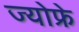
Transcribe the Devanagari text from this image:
ज्योफ्रे